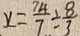
x = \frac { 7 4 } { 7 } \div \frac { 8 } { 3 }